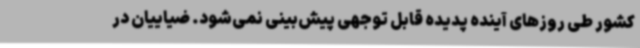
کشور طی روزهای آینده پدیده قابل توجهی پیش‌بینی نمی‌شود. ضیاییان در